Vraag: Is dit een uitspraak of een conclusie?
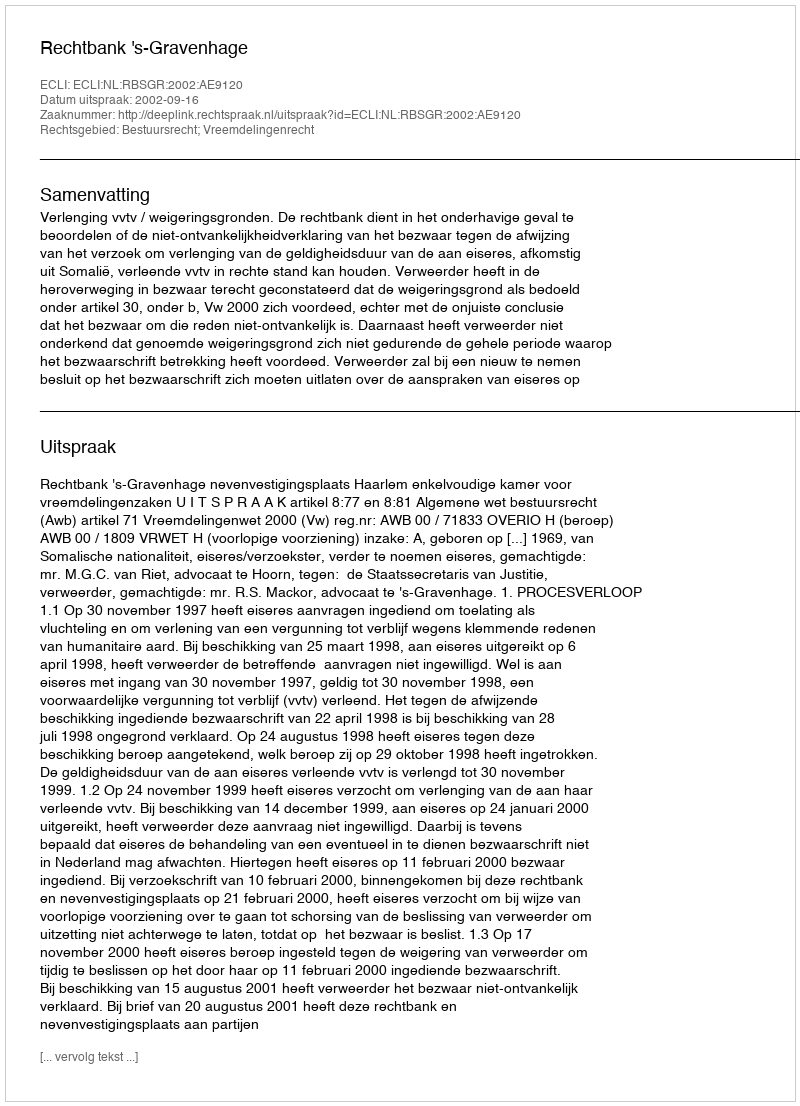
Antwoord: Uitspraak